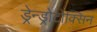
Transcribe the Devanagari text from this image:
ड्रेन्ड्रोटोक्सिन